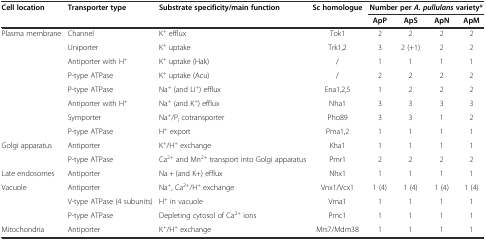
| Cell location | Transporter type | Substrate specificity/main function | Sc homologue | <COLSPAN=4> Number perA. pullulansvariety* |
 |  |  |  |  | ApP | ApS | ApN | ApM |
 | --- | --- | --- | --- | --- | --- | --- | --- |
 | <ROWSPAN=8> Plasma membrane | Channel | K+ efflux | Tok1 | 2 | 2 | 2 | 2 |
 | Uniporter | K+ uptake | Trk1,2 | 3 | 2 (+1) | 2 | 2 |
 | Antiporter with H+ | K+ uptake (Hak) | / | 1 | 1 | 1 | 1 |
 | P-type ATPase | K+ uptake (Acu) | / | 2 | 2 | 2 | 2 |
 | P-type ATPase | Na+ (and Li+) efflux | Ena1,2,5 | 1 | 2 | 2 | 2 |
 | Antiporter with H+ | Na+ (and K+) efflux | Nha1 | 3 | 3 | 3 | 3 |
 | Symporter | Na+/Pi cotransporter | Pho89 | 3 | 3 | 1 | 2 |
 | P-type ATPase | H+ export | Pma1,2 | 1 | 1 | 1 | 1 |
 | <ROWSPAN=2> Golgi apparatus | Antiporter | K+/H+ exchange | Kha1 | 1 | 1 | 1 | 1 |
 | P-type ATPase | Ca2+ and Mn2+ transport into Golgi apparatus | Pmr1 | 2 | 2 | 2 | 2 |
 | Late endosomes | Antiporter | Na + (and K+) efflux | Nhx1 | 1 | 1 | 1 | 1 |
 | <ROWSPAN=3> Vacuole | Antiporter | Na+, Ca2+/H+ exchange | Vnx1/Vcx1 | 1 (4) | 1 (4) | 1 (4) | 1 (4) |
 | V-type ATPase (4 subunits) | H+ in vacuole | Vma1 | 1 | 1 | 1 | 1 |
 | P-type ATPase | Depleting cytosol of Ca2+ ions | Pmc1 | 1 | 1 | 1 | 1 |
 | Mitochondria | Antiporter | K+/H+ exchange | Mrs7/Mdm38 | 1 | 1 | 1 | 1 |